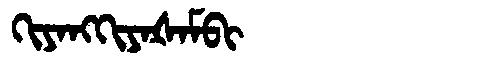
Manchu: ᡴᡳᠶᠠᠩᡴᡳᠶᠠᡧᠠᠮᠪᡳ
Romanization: KIYANGKIYAŠAMBI